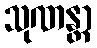
သုဏန္တာ